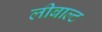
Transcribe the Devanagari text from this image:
लीबाल्ट